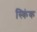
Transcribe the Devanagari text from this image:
स्किंक